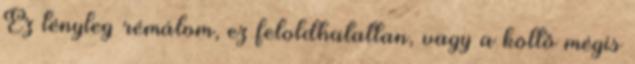
Ez tény­leg rémálom, ez feloldhatatlan, vagy a költő mégis